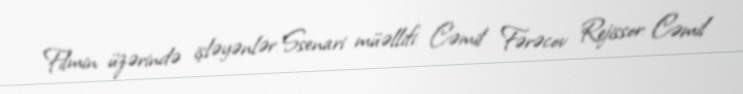
Filmin üzərində işləyənlər Ssenari müəllifi: Cəmil Fərəcov Rejissor: Cəmil